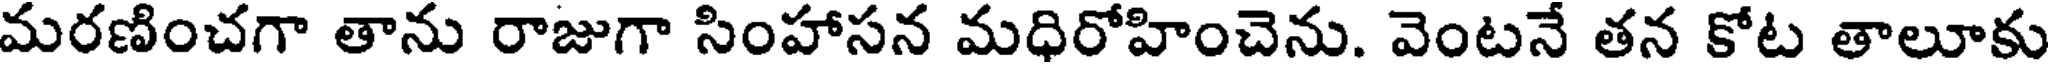
మరణించగా తాను రాజుగా సింహాసన మధిరోహించెను. వెంటనే తన కోట తాలూకు